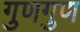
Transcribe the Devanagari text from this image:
गुणगुण